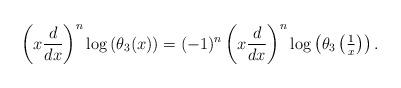
LaTeX: \begin{align*}\left(x \frac{d}{dx}\right)^n \log \left( \theta_3(x) \right) = (-1)^n \left(x \frac{d}{dx}\right)^n \log \left( \theta_3\left( \tfrac{1}{x} \right) \right).\end{align*}